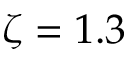
\zeta = 1 . 3